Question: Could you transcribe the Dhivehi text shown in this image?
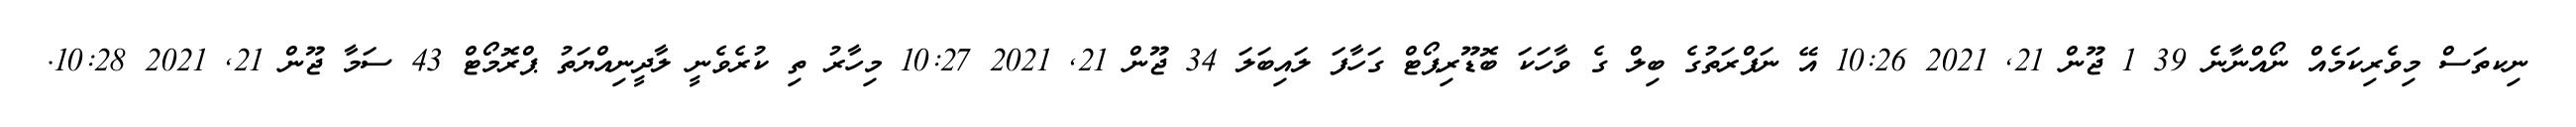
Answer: ނިކތަސް މިވެރިކަމެއް ނޯއްނާނެ 39 1 ޖޫން 21, 2021 10:26 އޭ ނަފްރަތުގެ ބިލް ގެ ވާހަކަ ބޮޑޫރިޕޯޓް ގަހާފަ ލައިބަލަ 34 ޖޫން 21, 2021 10:27 މިހާރު ތި ކުރެވެނީ ލާދީނިއްޔަތު ޕްރޮމޯޓް 43 ސަމާ ޖޫން 21, 2021 10:28.